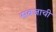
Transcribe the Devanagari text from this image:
सबजाची